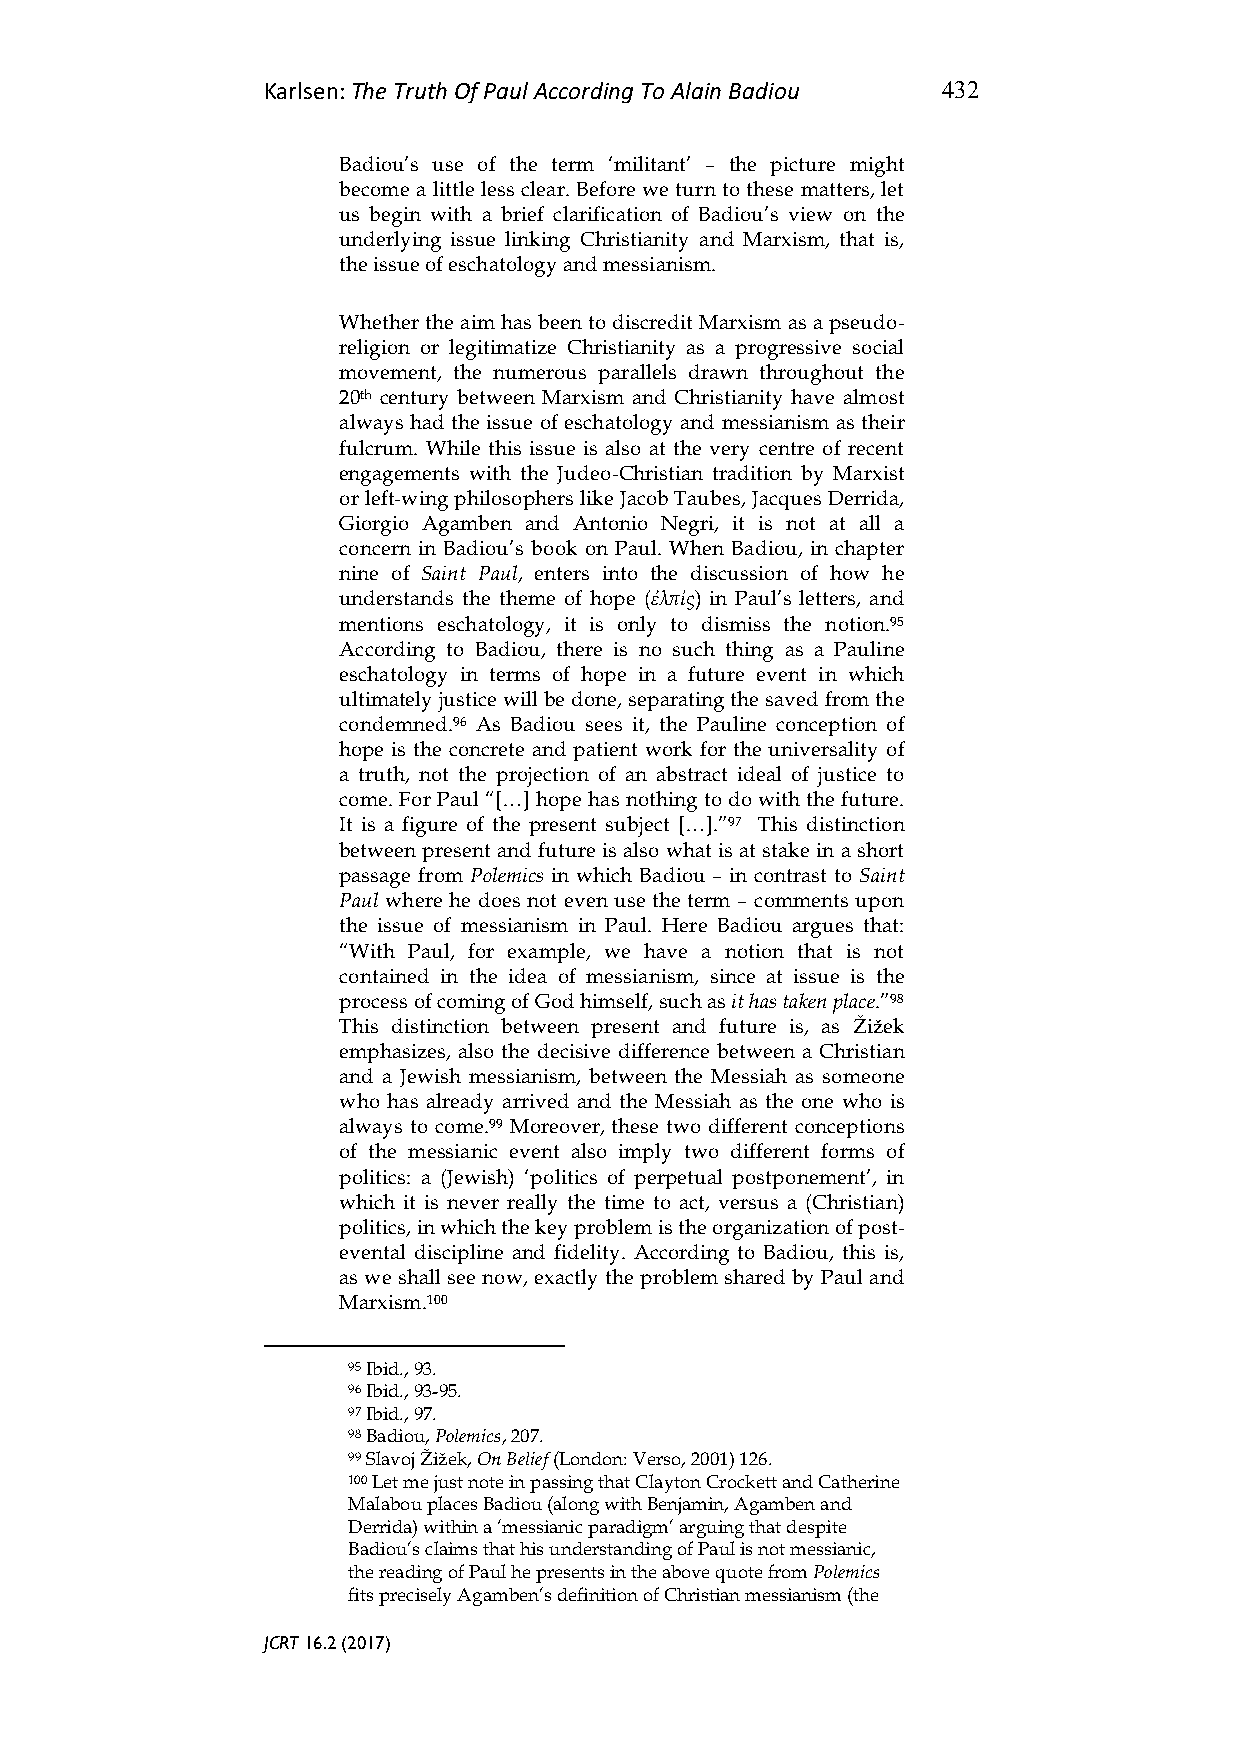
Karlsen: The Truth Of Paul According To Alain Badiou 432
 Badiou’s use of the term ‘militant’ – the picture might
 become a little less clear. Before we turn to these matters, let
 us begin with a brief clarification of Badiou’s view on the
 underlying issue linking Christianity and Marxism, that is,
 the issue of eschatology and messianism.
 Whether the aim has been to discredit Marxism as a pseudo-
 religion or legitimatize Christianity as a progressive social
 movement, the numerous parallels drawn throughout the
 20th century between Marxism and Christianity have almost
 always had the issue of eschatology and messianism as their
 fulcrum. While this issue is also at the very centre of recent
 engagements with the Judeo-Christian tradition by Marxist
 or left-wing philosophers like Jacob Taubes, Jacques Derrida,
 Giorgio Agamben and Antonio Negri, it is not at all a
 concern in Badiou’s book on Paul. When Badiou, in chapter
 nine of Saint Paul, enters into the discussion of how he
 understands the theme of hope (ἐλπίς) in Paul’s letters, and
 mentions eschatology, it is only to dismiss the notion.95
 According to Badiou, there is no such thing as a Pauline
 eschatology in terms of hope in a future event in which
 ultimately justice will be done, separating the saved from the
 condemned.96 As Badiou sees it, the Pauline conception of
 hope is the concrete and patient work for the universality of
 a truth, not the projection of an abstract ideal of justice to
 come. For Paul “[…] hope has nothing to do with the future.
 It is a figure of the present subject […].”97 This distinction
 between present and future is also what is at stake in a short
 passage from Polemics in which Badiou – in contrast to Saint
 Paul where he does not even use the term – comments upon
 the issue of messianism in Paul. Here Badiou argues that:
 “With Paul, for example, we have a notion that is not
 contained in the idea of messianism, since at issue is the
 process of coming of God himself, such as it has taken place.”98
 This distinction between present and future is, as Žižek
 emphasizes, also the decisive difference between a Christian
 and a Jewish messianism, between the Messiah as someone
 who has already arrived and the Messiah as the one who is
 always to come.99 Moreover, these two different conceptions
 of the messianic event also imply two different forms of
 politics: a (Jewish) ‘politics of perpetual postponement’, in
 which it is never really the time to act, versus a (Christian)
 politics, in which the key problem is the organization of post-
 evental discipline and fidelity. According to Badiou, this is,
 as we shall see now, exactly the problem shared by Paul and
 Marxism.100
 95 Ibid., 93.
 96 Ibid., 93-95.
 97 Ibid., 97.
 98 Badiou, Polemics, 207.
 99 Slavoj Žižek, On Belief (London: Verso, 2001) 126.
 100 Let me just note in passing that Clayton Crockett and Catherine
 Malabou places Badiou (along with Benjamin, Agamben and
 Derrida) within a ‘messianic paradigm’ arguing that despite
 Badiou’s claims that his understanding of Paul is not messianic,
 the reading of Paul he presents in the above quote from Polemics
 fits precisely Agamben’s definition of Christian messianism (the
 JCRT 16.2 (2017)